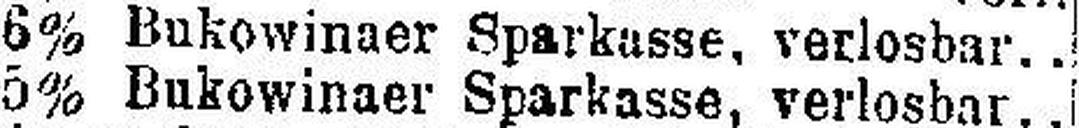
6% Bukowinaer Sparkasse, verlosbar..